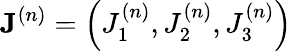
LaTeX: \mathbf{J}^{(n)}=\left(J_{1}^{(n)},J_{2}^{(n)},J_{3}^{(n)}\right)